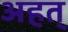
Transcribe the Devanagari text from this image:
अहत्